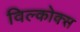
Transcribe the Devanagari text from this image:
विल्कोक्स